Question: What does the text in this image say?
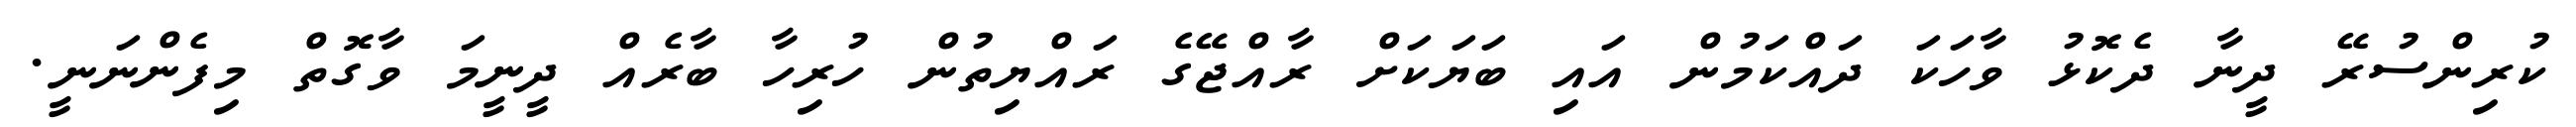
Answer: ކުރިންސުރޭ ދީނާ ދެކޮޅު ވާހަކަ ދައްކަމުން އައި ބަޔަކަށް ރާއްޖޭގެ ރައްޔިތުން ހުރިހާ ބާރެއް ދީނީމަ ވާގޮތް މިފެންނަނީ.